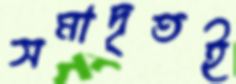
সমাদৃতই